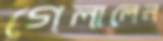
গেলালেন